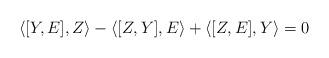
LaTeX: \begin{align*} \langle[Y,E],Z \rangle - \langle [Z,Y], E \rangle + \langle [Z,E] , Y \rangle =0 \end{align*}